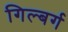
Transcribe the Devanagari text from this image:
गिल्बर्ग